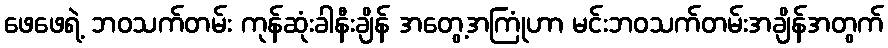
ဖေဖေရဲ့ ဘဝသက်တမ်း ကုန်ဆုံးခါနီးချိန် အတွေ့အကြုံဟာ မင်းဘဝသက်တမ်းအချိန်အတွက်